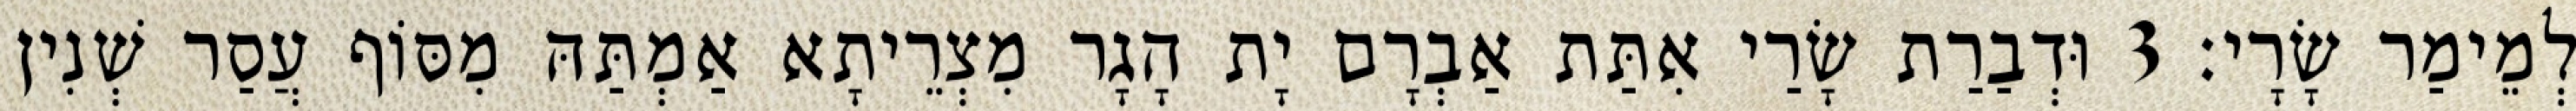
לְמֵימַר שָׂרָי׃ 3 וּדְבַרַת שָׂרַי אִתַּת אַבְרָם יָת הָגָר מִצְרֵיתָא אַמְתַּהּ מִסּוֹף עֲסַר שְׁנִין